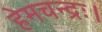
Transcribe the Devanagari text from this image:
हेमचन्द्रः।